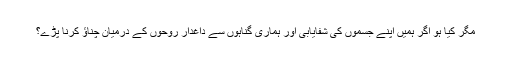
مگر کیا ہو اگر ہمیں اپنے جسموں کی شفایابی اور ہماری گناہوں سے داغدار روحوں کے درمیان چناؤ کرنا پڑے؟